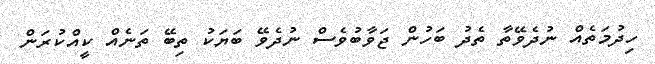
ހިދުމަތެއް ނުދެވޭތާ ތެދު ބަހުން ޖަވާބުވެސް ނުދެވޭ ބަޔަކު ތިބޭ ތަނެއް ކީއްކުރަން